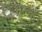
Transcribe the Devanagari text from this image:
निःशुल्क।